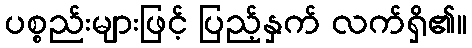
ပစ္စည်းများဖြင့် ပြည့်နှက် လက်ရှိ၏။